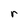
Character: r